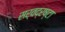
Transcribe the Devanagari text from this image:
सर्वद्रष्टा